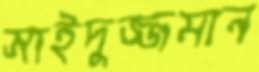
সাইদুজ্জমান